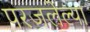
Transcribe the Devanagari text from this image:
परजलेल्या